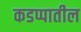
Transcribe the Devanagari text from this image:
कडप्पातील